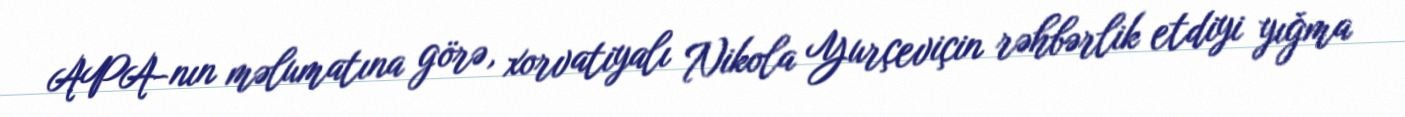
APA-nın məlumatına görə, xorvatiyalı Nikola Yurçeviçin rəhbərlik etdiyi yığma